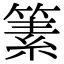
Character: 𥱨